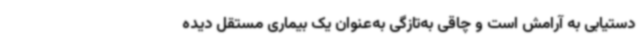
دستیابی به آرامش است و چاقی به‌تازگی به‌عنوان یک بیماری مستقل دیده